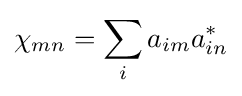
\chi _{mn}=\sum _{i}a_{im}a_{in}^{*}